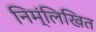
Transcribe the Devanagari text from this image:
निम्ंलिखित